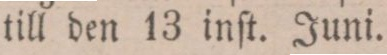
till den 13 inſt. Juni.